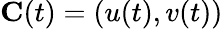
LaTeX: \mathbf{C}(t)=(u(t),v(t))